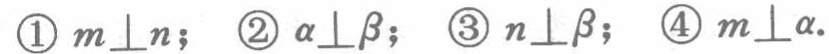
\textcircled{1}$m\perp n$；\textcircled{2}$\alpha\perp\beta$；\textcircled{3}$n\perp\beta$；\textcircled{4}$m\perp\alpha$